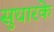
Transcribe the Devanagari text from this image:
सुधारके